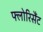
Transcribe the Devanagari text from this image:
फ्लोरिसैंट